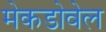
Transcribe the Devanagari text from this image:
मेकडोवेल